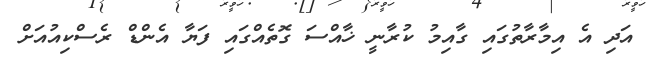
އަދި އެ އިމާރާތުގައި ގާއިމު ކުރާނީ ޚާއްސަ ގޮތެއްގައި ފަޔާ އެންޑް ރެސްކިއުއަށް